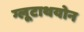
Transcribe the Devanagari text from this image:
ग्लूटाथयोन